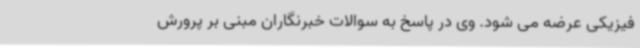
فیزیکی عرضه می شود. وی در پاسخ به سوالات خبرنگاران مبنی بر پرورش